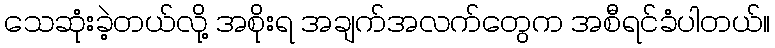
သေဆုံးခဲ့တယ်လို့ အစိုးရ အချက်အလက်တွေက အစီရင်ခံပါတယ်။